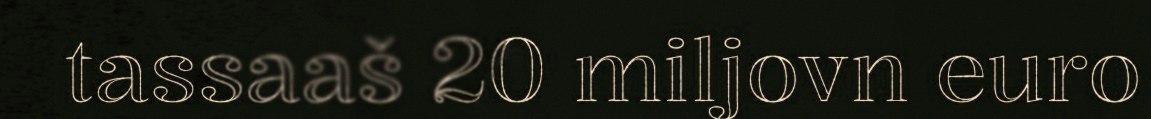
tassaaš 20 miljovn euro